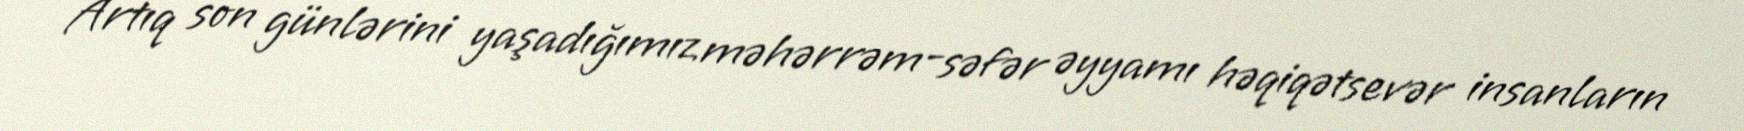
Artıq son günlərini yaşadığımız məhərrəm-səfər əyyamı həqiqətsevər insanların